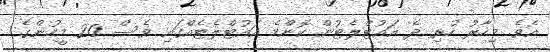
އެވެ. މިހާރު ހުރި ދެ އައުޓްލެޓުން ކޮންމެ އައުޓްލެޓެއްގައި ވެސް 20 މީހުންގެ